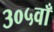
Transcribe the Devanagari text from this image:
३०५वाँ